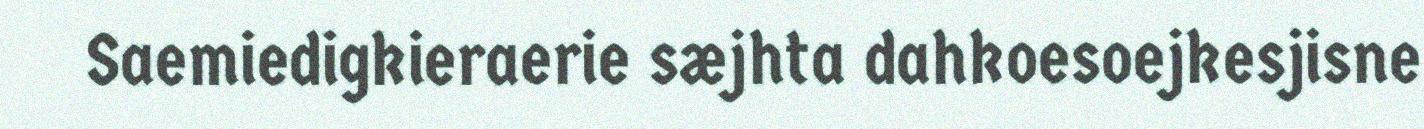
Saemiedigkieraerie sæjhta dahkoesoejkesjisne